Vaccination report Assam 1896-1927 - 1896-1927
Year: 1896
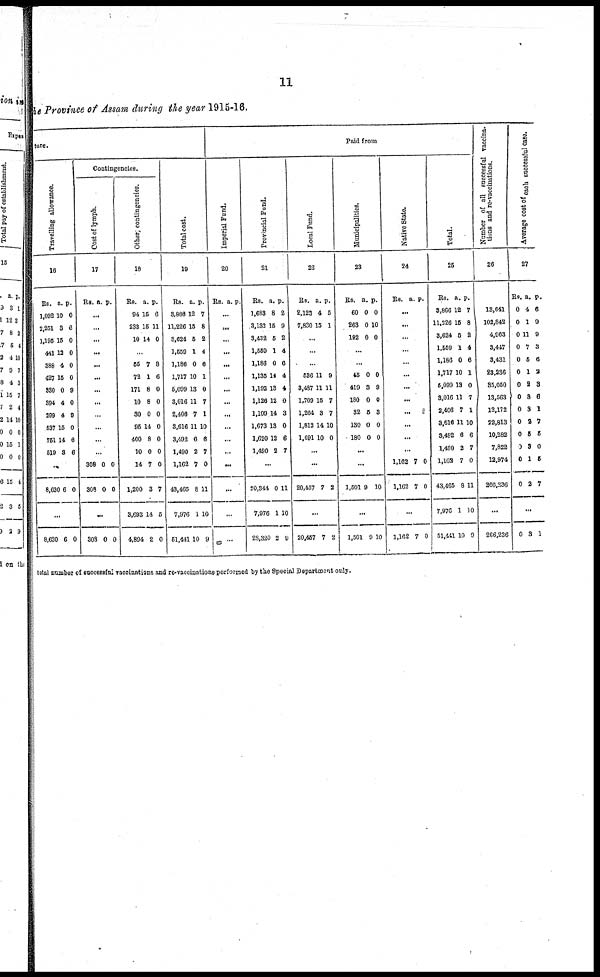
11
the Province of Assam during the year 1915-16.
ture.
Travelling allowance.
16
Rs.
1,092
2,251
1,195
441
388
427
330
394
299
537
751
519
a.
10
3
15
12
4
15
0
4
4
15
14
3
p.
0
6
0
0
0
0
9
0
9
0
6
6
...
8,630 6 0
...
8,630 6 0
Contingencies.
Cost of lymph.
17
Rs. a. p.
...
...
...
...
...
...
...
...
...
...
...
...
308
308
0
0
0
0
...
308 0 0
Other contingencies.
18
Rs.
94
233
10
a.
15
15
14
p.
6
11
0
...
55
72
171
10
30
95
400
10
14
1,200
3,693
4,894
7
1
8
8
0
14
8
0
7
3
14
2
8
6
0
0
0
0
0
0
0
7
5
0
Total cost.
19
Rs.
3,866
11,226
3,624
1,559
1,186
1,717
5,099
3,016
2,406
3,616
3,492
1,490
1,162
43,465
7,976
51,441
a.
12
15
5
1
0
10
13
11
7
11
6
2
7
8
1
10
p.
7
8
2
4
6
1
0
7
1
10
6
7
0
11
10
9
Paid from
Imperial Fund.
20
Rs. a. p.
...
...
...
...
...
...
...
...
...
...
...
...
...
...
...
...
Provincial Fund.
21
Rs.
1,683
3,132
3,432
1,559
1,186
1,135
1,192
1,126
1,109
1,673
1,620
1,490
a.
8
15
5
1
0
14
13
12
14
13
12
2
p.
2
9
2
4
6
4
4
0
3
0
6
7
...
20,344
7,976
28,320
0
1
2
11
10
9
Local Fund.
22
Rs.
2,129
7,830
a.
4
15
p.
5
1
...
...
...
536
3,487
1,709
1,264
1,812
1,691
11
11
15
3
14
10
9
11
7
7
10
0
...
...
20,457 7 2
...
20,457 7 2
Municipalities.
23
Rs.
60
263
192
a.
0
0
0
p.
0
10
0
...
...
45
419
180
32
130
180
0
3
0
5
0
0
0
9
0
3
0
0
...
...
1,501 0 10
...
1,501 9 10
Native State.
24
Rs. a. p.
...
...
...
...
...
...
...
...
...
...
...
...
1,162
1,162
7
7
0
0
...
1,162 7 0
Total.
25
Rs.
3,866
11,226
3,624
1,559
1,186
1,717
5,099
3,016
2,406
3,616
3,492
1,490
1,162
43,465
7,976
51,441
a.
12
15
5
1
0
10
13
11
7
11
6
2
7
8
1
10
p.
7
8
2
4
6
1
0
7
1
10
6
7
0
11
10
9
Number of all successful vaccina-
tions and re-vaccinations.
26
13,641
102,842
4,963
3,447
3,431
23,236
35,050
13,563
12,172
22,813
10,282
7,822
12,974
266,236
...
266,236
Average cost of each successful case.
27
Rs.
0
0
0
0
0
0
0
0
0
0
0
0
0
0
a.
4
1
11
7
5
1
2
8
3
2
5
3
1
2
p.
6
9
9
3
6
2
3
6
1
7
6
0
5
7
...
0 3 1
total number of successful vaccinations and re-vaccinations performed by the Special Department only.